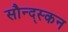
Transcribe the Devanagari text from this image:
सौन्द्स्कन